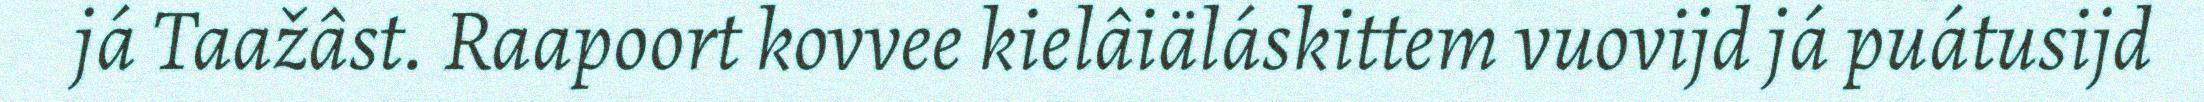
já Taažâst. Raapoort kovvee kielâiäláskittem vuovijd já puátusijd